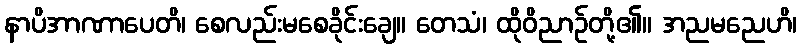
နာပိအာဏာပေတိ၊ စေလည်းမစေခိုင်းချေ။ တေသံ၊ ထိုဝိညာဉ်တို့၏။ အညမညေဟိ၊